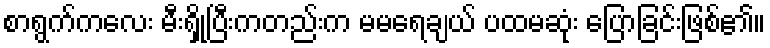
စာရွက်ကလေး မီးရှို့ပြီးကတည်းက မမရေချယ် ပထမဆုံး ပြောခြင်းဖြစ်၏။